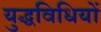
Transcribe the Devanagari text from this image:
युद्धविधियों